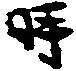
時